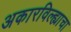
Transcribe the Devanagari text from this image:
अकारविल्ह्याचा